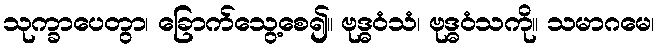
သုက္ခာပေတွာ၊ ခြောက်သွေ့စေ၍။ ဗုဒ္ဓဝံသံ၊ ဗုဒ္ဓဝံသကို။ သမာဂမေ၊